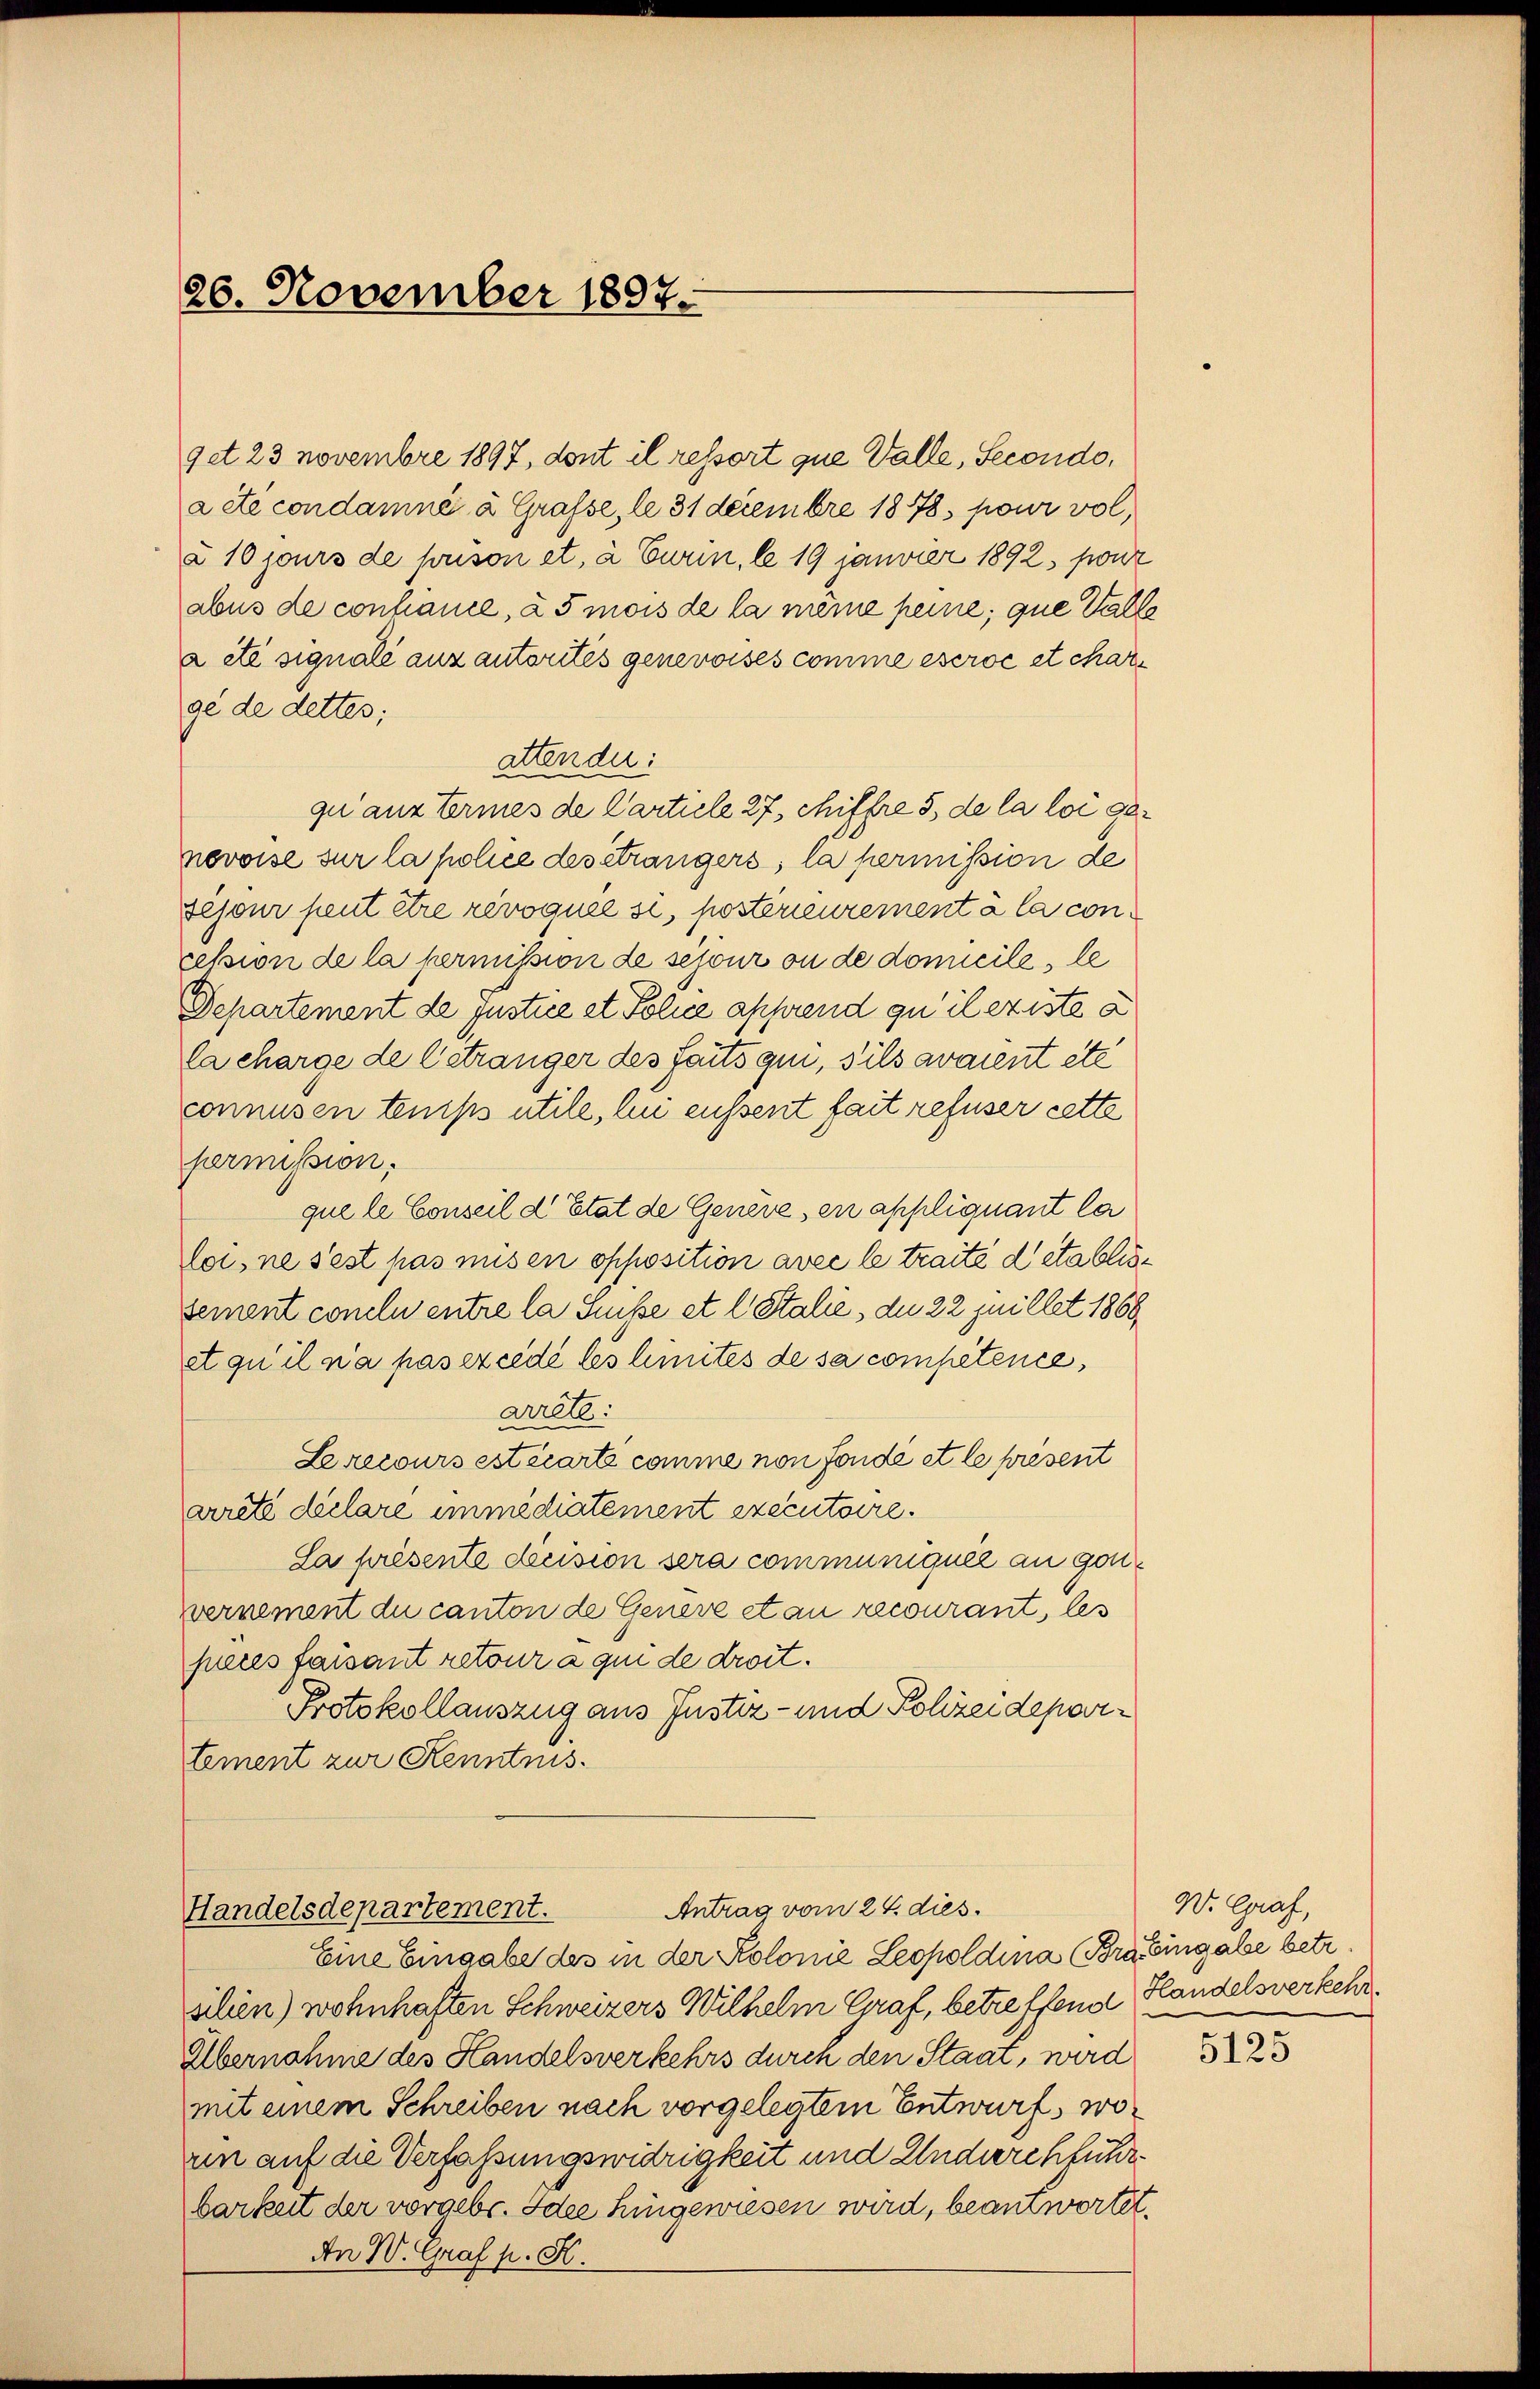
26. November 1897.

get 23 Novembre 1897, dont il ressort que Valle, Secondo,
a été condamné à Grafse, le 31 decembre 1878, pour vol
à 10 jours de pouson et, à Eurin, le 19 janvier 1892, pon
abus de consance, à 5 mois de la meine peine, que Valle
à été signale anzautorités genemoises comme eseroć et charge de dettes;
attender:
quanz Ermes de Carticle 27, chiffre 5, de la loi genevoise sur la police des étrangers; la permission de
sejour peut être révoquée si, postérieurement à la concession de la permission de séjour ou de domicile, le
Departement de justice et Police apprend qu’il existe a
la charge de Cetränger des faits qui, sils avaient etc
connusen temps utile, hin eussent fait refuser cette
permission.
que le Conseil d’Etat de Genève, en appliquant la
loi, ne sest pas misen opposition avec le traite detablissement conclu entre la Suisse et l Stalie, du 22 Juillet 1868
et qu’il na pas excédé les limités de sa compétence,
Arete:
Lerecours est écarte comme non fondé et le present
arreté déclare immédiatement executoire.
La présente décision sera communiquée an gonvernement du canton de Genere et au recourant, les
pices faisant retour a qui de droit.
Protokollauszug aus Justiz- und Polizeidepartement zur Kenntnis.

Antrag vom 24. dies
Handelsdepartement.

Eine Eingabe des in der Kolonie Leopoldina (Braingabe betr.
silien) wohnhaften Schweizers Wilhelm Graf, betreffende Handelsverkehr¬
Übernahme des Handelsverkehrs durch den Staat, wird
mit einem Schreiben nach vorgelegtem Entwurf, woun auf die Verfaßungswidrigkeit und Undurchführbarkeit der vorgebe. Idee hingewiesen wird, beantwortet.
An W. Graf p. K.

W. Graf,

5125